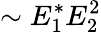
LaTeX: \sim E_{1}^{*}E_{2}^{2}